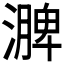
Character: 𪷗